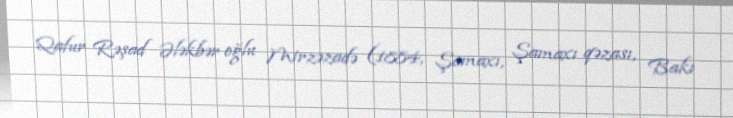
Qafur Rəşad Ələkbər oğlu Mirzəzadə (1884, Şamaxı, Şamaxı qəzası, Bakı